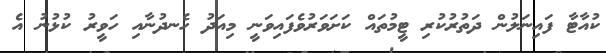
ކުއާޓާ ފައިނަލުން ދަތުރުކުރި ޓީމުތައް ކަށަވަރުވެފައިވަނީ މިއަދު ހެނދުނާއި ހަވީރު ކުޅުނު އެ